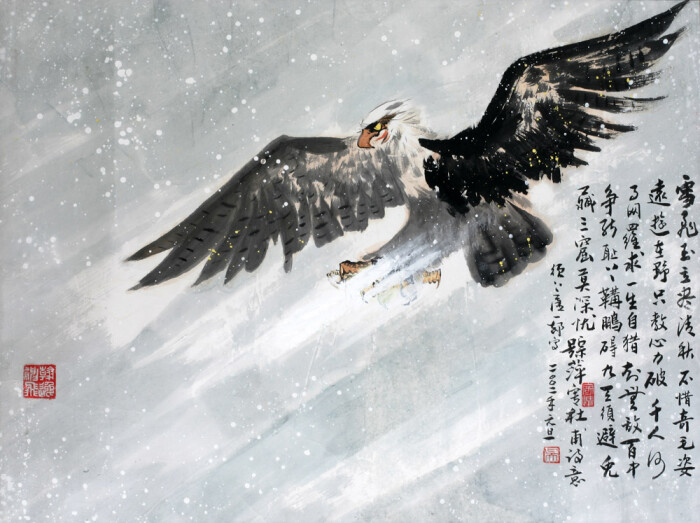
天朗气清，惠风和畅